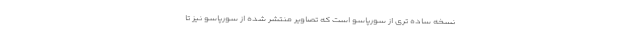
نسخه ساده تری از سورپاسو است که تصاویر منتشر شده از سورپاسو نیز تا